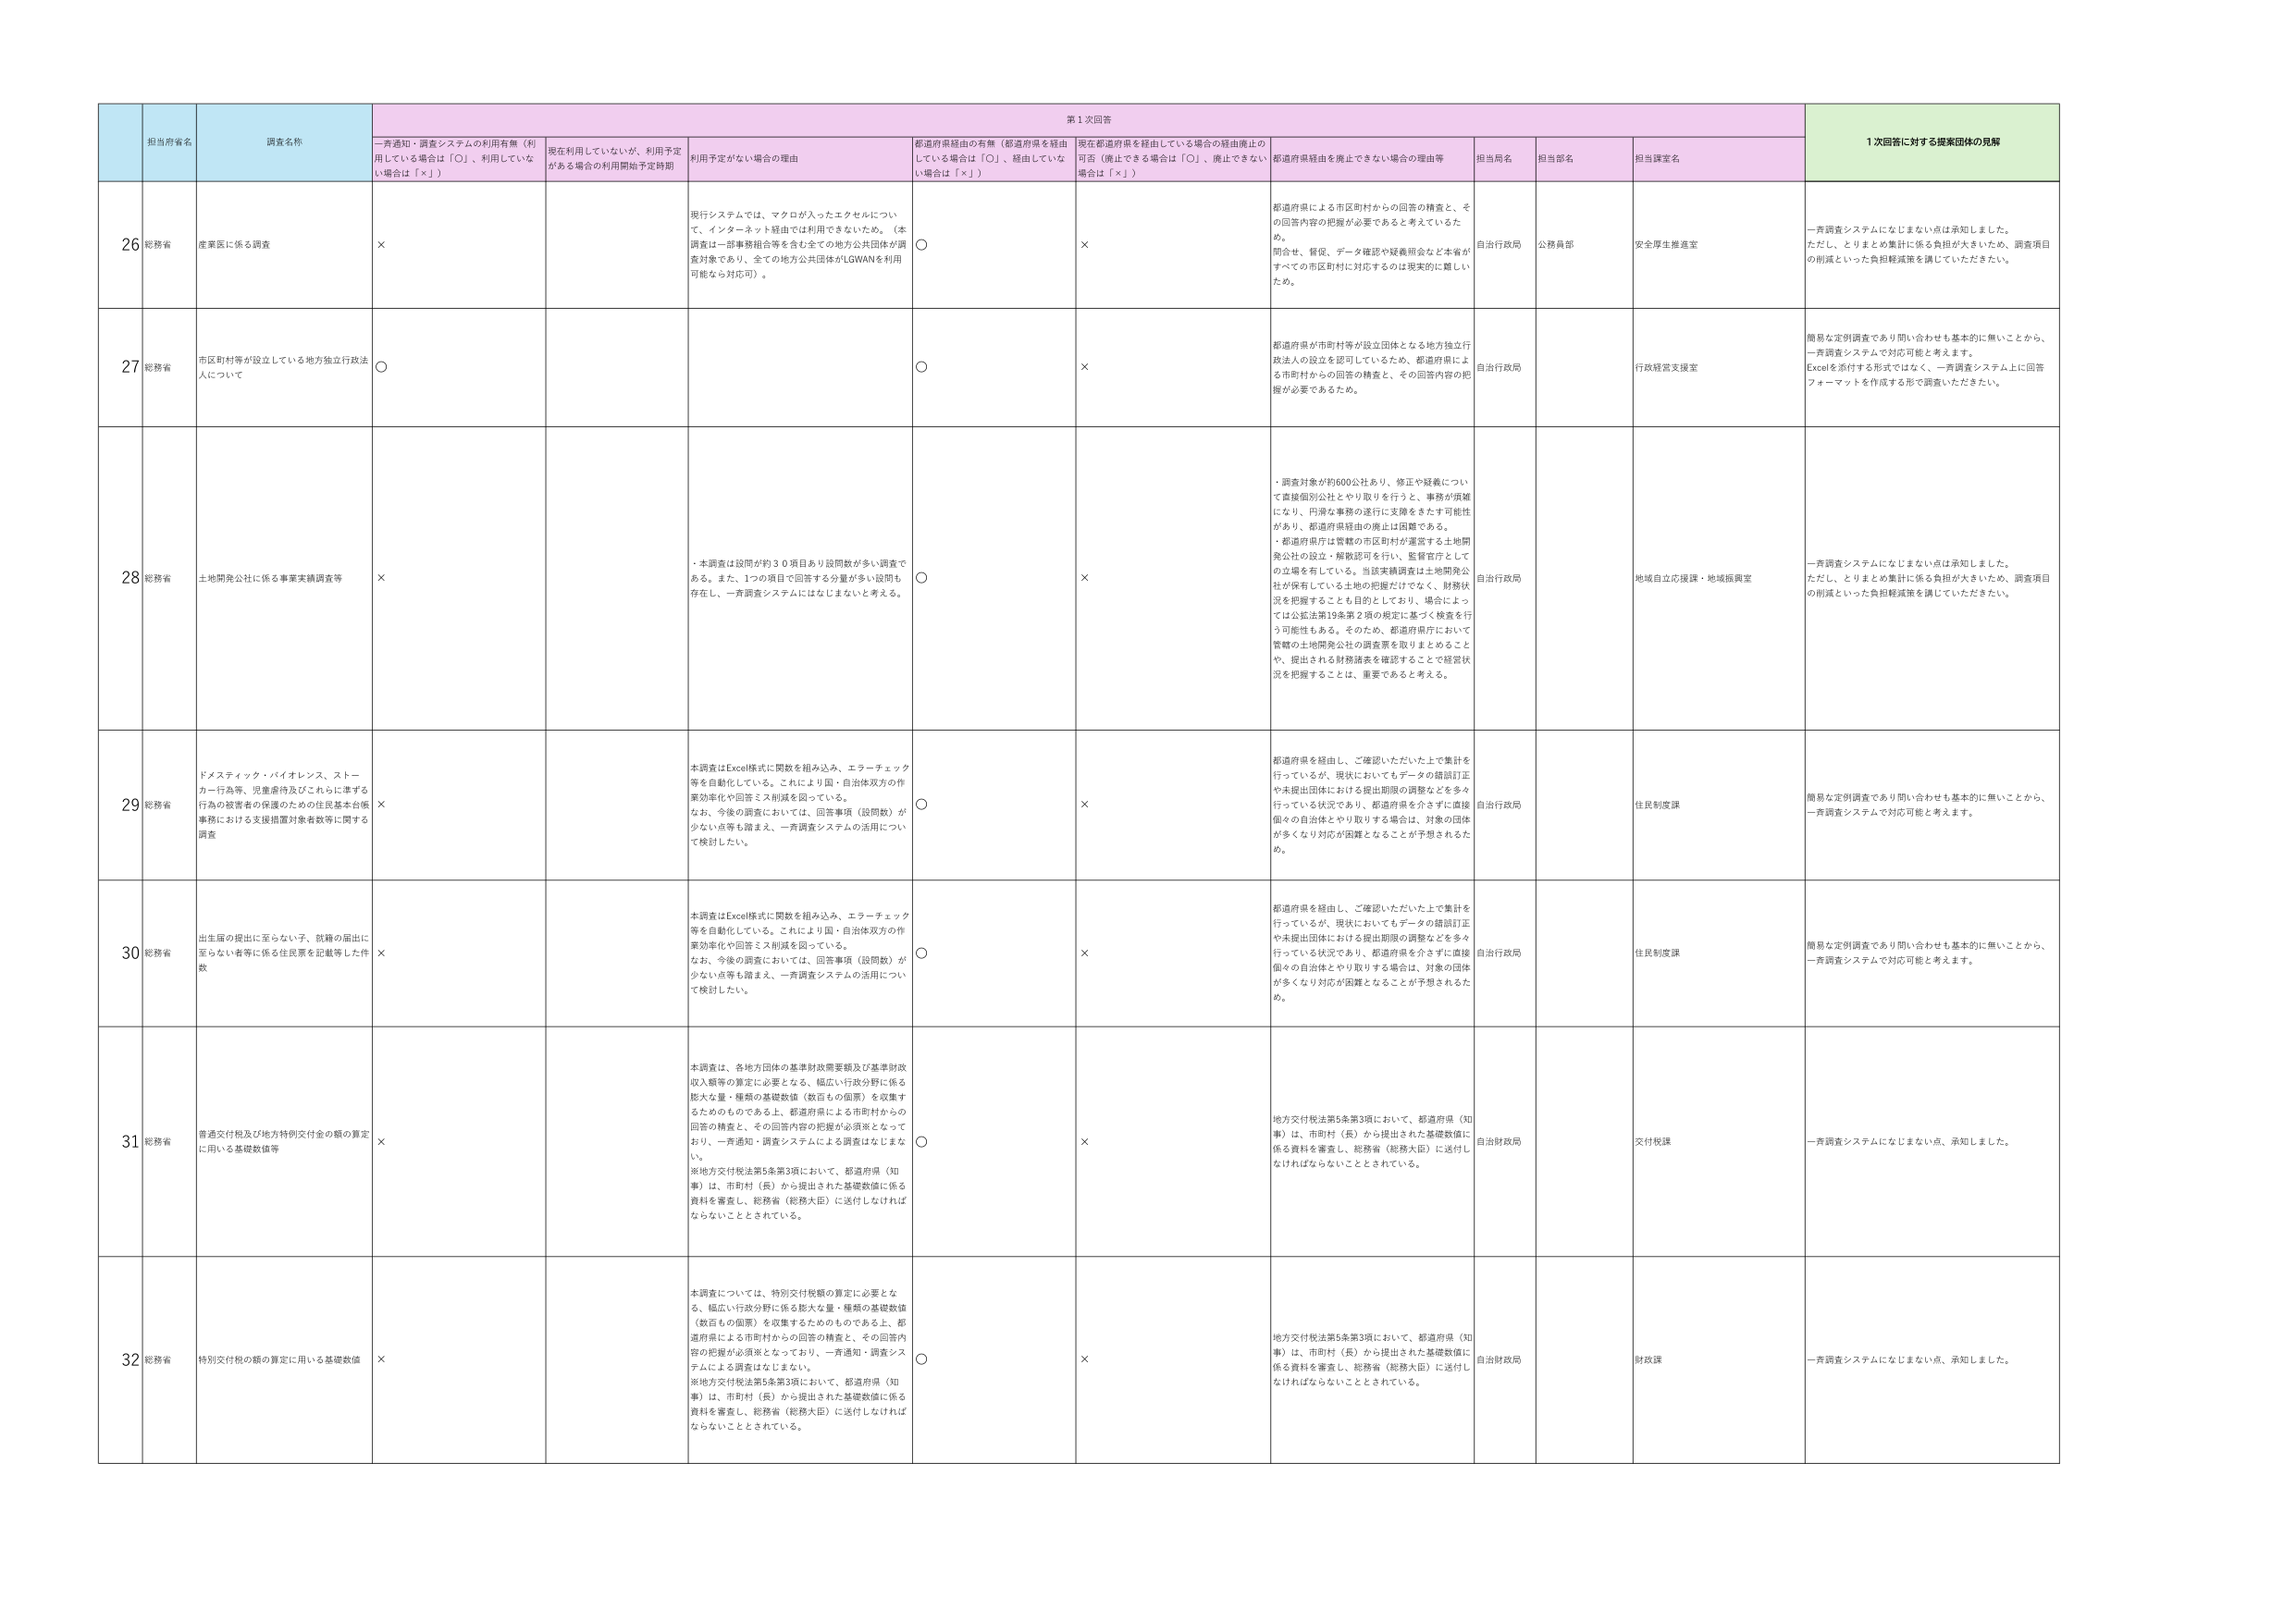
第1次回答
1次回答に対する提案団体の見解

担当府省名
調査名称
一斉通知・調査システムの利用有無（利用している場合は「○」、利用していない場合は「×」）
現在利用していないが、利用予定がある場合の利用開始予定時期
利用予定がない場合の理由
都道府県経由の有無（都道府県を経由している場合は「○」、経由していない場合は「×」）
現在都道府県を経由している場合の経由廃止の可否（廃止できる場合は「○」、廃止できない場合は「×」）
都道府県経由を廃止できない場合の理由等
担当局名
担当部名
担当課室名

26
総務省
産業医に係る調査
×
現行システムでは、マクロが入ったエクセルについて、インターネット経由では利用できないため。（本調査は一部事務組合等を含む全ての地方公共団体が調査対象であり、全ての地方公共団体がLGWANを利用可能な対応可）。
○
×
都道府県による市区町村からの回答の精査と、その回答内容の把握が必要であると考えているため。
問合せ、督促、データ確認や疑義照会など本省がすべての市区町村に対応するのは現実的に難しいため。
自治行政局
公務員部
安全厚生推進室
一斉調査システムになじまない点は承知しました。ただし、とりまとめ集計に係る負担が大きいため、調査項目の削減といった負担軽減策を講じていただきたい。

27
総務省
市区町村等が設立している地方独立行政法人について
○
○
×
都道府県が市町村等が設立団体となる地方独立行政法人の設立を認可しているため、都道府県による市町村からの回答の精査と、その回答内容の把握が必要であるため。
自治行政局
行政経営支援室
簡易な定例調査であり問い合わせも基本的に無いことから、一斉調査システムで対応可能と考えます。Excelを添付する形式ではなく、一斉調査システム上に回答フォーマットを作成する形で調査いただきたい。

28
総務省
土地開発公社に係る事業実績調査等
×
・本調査は設問が約30項目あり設問数が多い調査である。また、1つの項目で回答する分量が多い設問も存在し、一斉調査システムにはなじまないと考える。
○
×
・調査対象が約600公社あり、修正や疑義について直接個別公社とやり取りを行うと、事務が煩雑になり、円滑な事務の遂行に支障をきたす可能性があり、都道府県経由の廃止は困難である。
・都道府県庁は管轄の市区町村が運営する土地開発公社の設立・解散認可を行い、監督官庁としての立場を有している。当該実績調査は土地開発公社が保有している土地の把握だけでなく、財務状況を把握することも目的としており、場合によっては公法第19条第2項の規定に基づく検査を行う可能性もある。そのため、都道府県庁において管轄の土地開発公社の調査票を取りまとめるこ とや、提出される財務諸表を確認することで経営状況を把握することは、重要であると考える。
自治行政局
地域自立応援課・地域振興室
一斉調査システムになじまない点は承知しました。ただし、とりまとめ集計に係る負担が大きいため、調査項目の削減といった負担軽減策を講じていただきたい。

29
総務省
ドメスティック・バイオレンス、ストーカー行為等、児童虐待及びこれらに準ずる行為の被害者の保護のための住民基本台帳事務における支援措置対象者等に関する調査
×
本調査はExcel様式に閲覧を組み込み、エラーチェック等を自動化している。これにより国・自治体双方の作業効率化や回答ミス削減を図っている。
なお、今後の調査においては、回答事項（設問数）が少ない点等も踏まえ、一斉調査システムの活用について検討したい。
○
×
都道府県を経由し、ご確認いただいた上で集計を行っているが、現状においてもデータの錯誤訂正や未提出団体における提出期限の調整などを多く行っている状況であり、都道府県を介さずに直接個々の自治体とやり取りする場合は、対象の団体が多くなり対応が困難となることが予想されるため。
自治行政局
住民制度課
簡易な定例調査であり問い合わせも基本的に無いことから、一斉調査システムで対応可能と考えます。

30
総務省
出生届の提出に至らない子、就籍の届出に至らない者等に係る住民票を記載等した件数
×
本調査はExcel様式に閲覧を組み込み、エラーチェック等を自動化している。これにより国・自治体双方の作業効率化や回答ミス削減を図っている。
なお、今後の調査においては、回答事項（設問数）が少ない点等も踏まえ、一斉調査システムの活用について検討したい。
○
×
都道府県を経由し、ご確認いただいた上で集計を行っているが、現状においてもデータの錯誤訂正や未提出団体における提出期限の調整などを多く行っている状況であり、都道府県を介さずに直接個々の自治体とやり取りする場合は、対象の団体が多くなり対応が困難となることが予想されるため。
自治行政局
住民制度課
簡易な定例調査であり問い合わせも基本的に無いことから、一斉調査システムで対応可能と考えます。

31
総務省
普通交付税及び地方特例交付金の額の算定に用いる基礎数値等
×
本調査は、各地方団体の基本財政需要額及び基準財政収入額等の算定に必要となる、幅広い行政分野に係る膨大な量・種類の基礎数値（数百もの個票）を収集するためのものである上、都道府県による市町村からの回答の精査と、その回答内容の把握が必須票となっており、一斉通知・調査システムによる調査はなじまない。
※地方交付税法第5条第3項において、都道府県（知事）は、市町村（長）から提出された基礎数値に係る資料を審査し、総務省（総務大臣）に送付しなければならないこととされている。
○
×
地方交付税法第5条第3項において、都道府県（知事）は、市町村（長）から提出された基礎数値に係る資料を審査し、総務省（総務大臣）に送付しなければならないこととされている。
自治財政局
交付税課
一斉調査システムになじまない点、承知しました。

32
総務省
特別交付税の額の算定に用いる基礎数値
×
本調査については、特別交付税額の算定に必要となる、幅広い行政分野に係る膨大な量・種類の基礎数値（数百もの個票）を収集するためのものである上、都道府県による市町村からの回答の精査と、その回答内容の把握が必須票となっており、一斉通知・調査システムによる調査はなじまない。
※地方交付税法第5条第3項において、都道府県（知事）は、市町村（長）から提出された基礎数値に係る資料を審査し、総務省（総務大臣）に送付しなければならないこととされている。
○
×
地方交付税法第5条第3項において、都道府県（知事）は、市町村（長）から提出された基礎数値に係る資料を審査し、総務省（総務大臣）に送付しなければならないこととされている。
自治財政局
財政課
一斉調査システムになじまない点、承知しました。